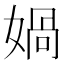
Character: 媧